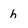
Character: h